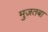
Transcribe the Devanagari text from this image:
मुज़तबा